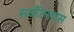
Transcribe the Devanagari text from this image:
सर्वोल्लास